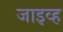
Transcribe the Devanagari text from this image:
जाइव्ह